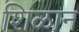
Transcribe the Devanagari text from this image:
शिळान